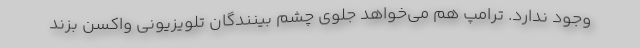
وجود ندارد. ترامپ هم می‌خواهد جلوی چشم بینندگان تلویزیونی واکسن بزند